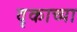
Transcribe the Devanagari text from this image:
वृकाच्या